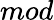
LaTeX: mod